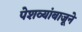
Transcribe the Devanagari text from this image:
पेशव्यांबाजूने